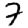
Digit: 7